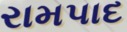
રામપાદ